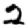
Digit: 2